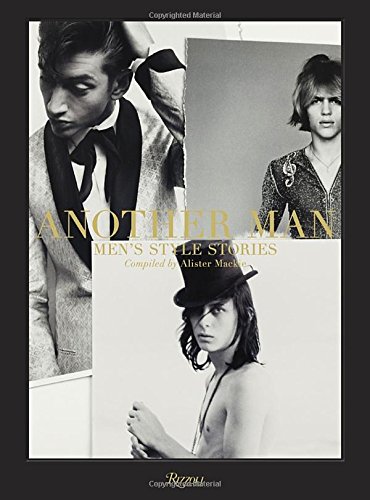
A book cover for Another Man: Men's Style Stories; Health, Fitness & Dieting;